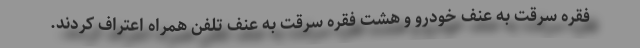
فقره سرقت به عنف خودرو و هشت فقره سرقت به عنف تلفن همراه اعتراف کردند.